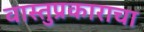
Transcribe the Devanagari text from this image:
वास्तुप्रकाराचा